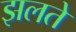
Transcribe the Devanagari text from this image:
झलते